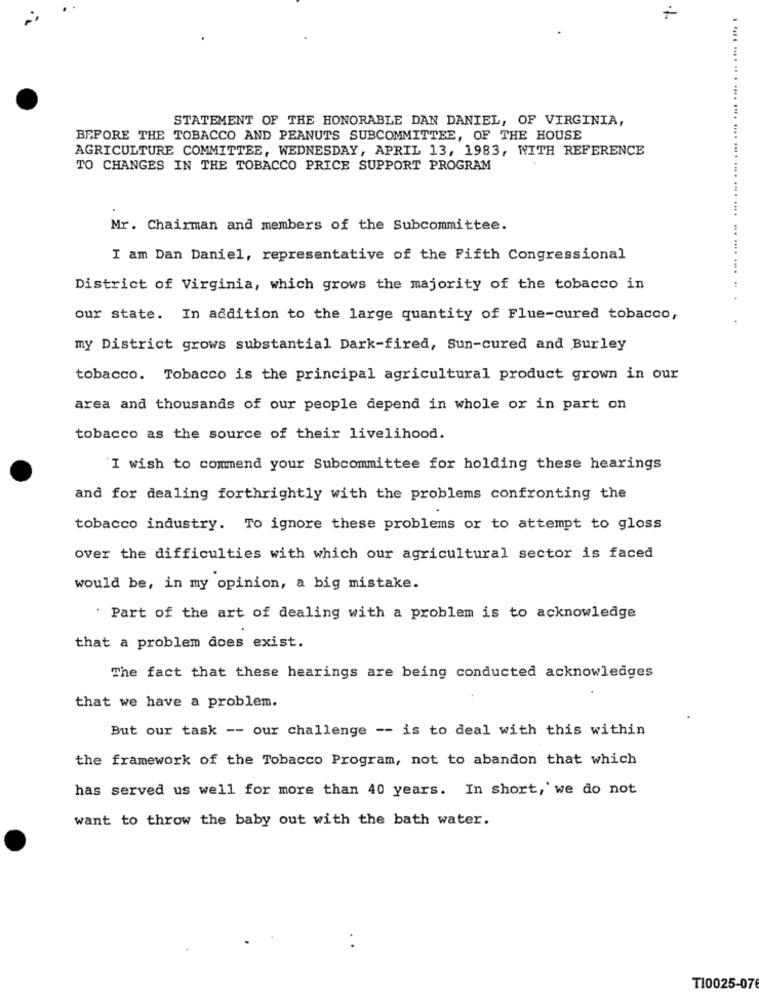
STATEMENT OF THE HONORABLE DAN DANIEL, OF VIRGINIA,
BEFORE THE TOBACCO AND PEANUTS SUBCOMMITTEE, OF THE HOUSE
AGRICULTURE COMMITTEE, WEDNESDAY, APRIL 13, 1983, WITH REFERENCE
TO CHANGES IN THE TOBACCO PRICE SUPPORT PROGRAM
. .... .... .. . .... .... .... .... ... ...
Mr. Chairman and members of the Subcommittee.
I am Dan Daniel, representative of the Fifth Congressional
District of Virginia, which grows the majority of the tobacco in
our state. In addition to the large quantity of Flue-cured tobacco,
my District grows substantial Dark-fired, Sun-cured and Burley
tobacco. Tobacco is the principal agricultural product grown in our
area and thousands of our people depend in whole or in part on
tobacco as the source of their livelihood.
I wish to commend your Subcommittee for holding these hearings
and for dealing forthrightly with the problems confronting the
tobacco industry. To ignore these problems or to attempt to gloss
over the difficulties with which our agricultural sector is faced
would be, in my opinion, a big mistake.
Part of the art of dealing with a problem is to acknowledge
that a problem does exist.
The fact that these hearings are being conducted acknowledges
that we have a problem.
But our task -- our challenge -- is to deal with this within
the framework of the Tobacco Program, not to abandon that which
has served us well for more than 40 years. In short, we do not
want to throw the baby out with the bath water.
T10025-076